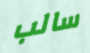
سالب